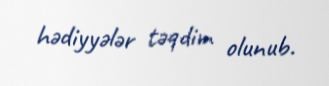
hədiyyələr təqdim olunub.